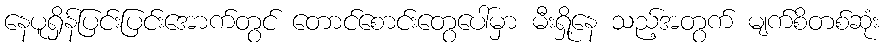
နေပူရှိန်ပြင်းပြင်းအောက်တွင် တောင်စောင်းတွေပေါ်မှာ မီးရှို့နေ သည့်အတွက် မျက်စိတစ်ဆုံး